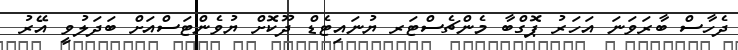
ދެހާސް ބާރަވަނަ އަހަރު ޕޮގްބާ މެންޗެސްޓަރ ޔުނައިޓެޑް ދޫކޮށް ޔުވެންޓަސްއަށް ބަދަލުވީ އޭރު